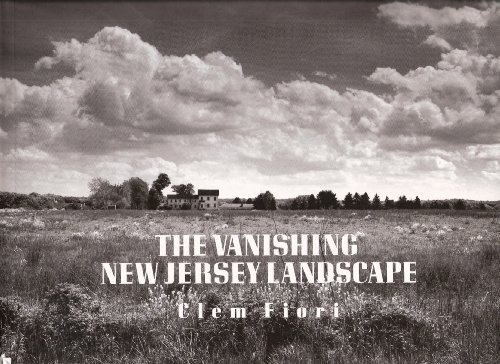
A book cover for The Vanishing New Jersey Landscape; Clem Fiori; Travel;